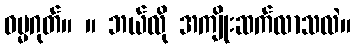
ဓမ္မဂုတ်။ ။ ဘယ်လို အကျိုးဆက်လာသလဲ။